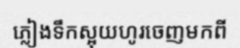
ភ្លៀងទឹកស្អុយហូរចេញមកពី